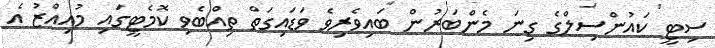
ސިޓީ ކައުންސިލްގެ ގިނަ މެންބަރުން ބައިވެރިވެ ވަޑައިގަތް ތިއްބެވި ކޮމެޓީގައި މުއިއްޒު އެ